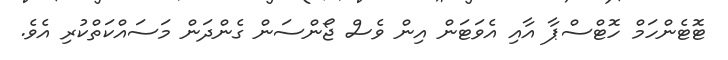
ޓޮޓެންހަމް ހޮޓްސްޕާ އާއި އެވަޓަން އިން ވެސް ޖޯންސަން ގެންދަން މަސައްކަތްކުރި އެވެ.